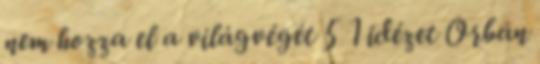
nem hozza el a világvégét 5 1 idézet Orbán